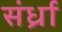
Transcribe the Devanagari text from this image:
संर्ध्रा